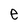
Character: e